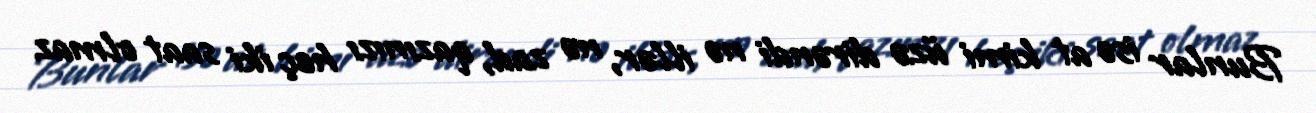
Bunlar isə at kimi üzə dirəndi nə illər, nə zad, qazınızı heç iki saat olmaz